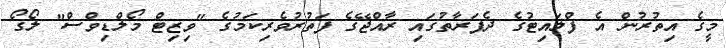
މީގެ އިތުރުން އެ ފްލައިޓުގެ ދެފަރާތުގައި ރާއްޖޭގެ ފަތުރުވެރިކަމުގެ "ވިޒިޓް މޯލްޑިވްސް" ލޯގޯ